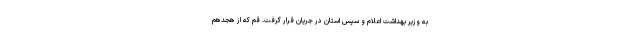
به وزیر بهداشت اعلام و سپس استان در جریان قرار گرفت. قم که از هجدهم